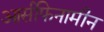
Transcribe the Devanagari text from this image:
आर्सफिनामीन